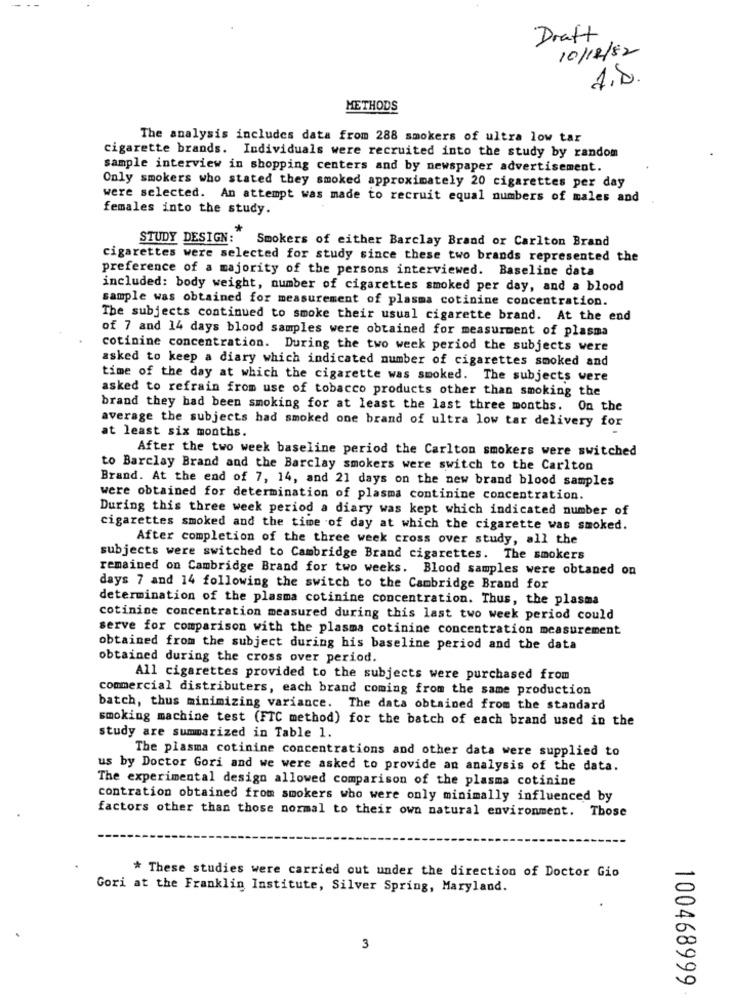
Draft
10/12/82
1.8
METHODS
The analysis includes data from 288 smokers of ultra low tar
cigarette brands. Individuals were recruited into the study by random
sample interview in shopping centers and by newspaper advertisement.
Only smokers who stated they smoked approximately 20 cigarettes per day
were selected. An attempt was made to recruit equal numbers of males and
females into the study.
STUDY DESIGN:"
Smokers of either Barclay Brand or Carlton Brand
cigarettes were selected for study since these two brands represented the
preference of a majority of the persons interviewed. Baseline data
included: body weight, number of cigarettes smoked per day, and a blood
sample was obtained for measurement of plasma cotinine concentration.
The subjects continued to smoke their usual cigarette brand. At the end
of 7 and 14 days blood samples were obtained for measurment of plasma
cotinine concentration. During the two week period the subjects were
asked to keep a diary which indicated number of cigarettes smoked and
time of the day at which the cigarette was smoked. The subjects were
asked to refrain from use of tobacco products other than smoking the
brand they had been smoking for at least the last three months. On the
average the subjects had smoked one brand of ultra low tar delivery for
at least six months.
After the two week baseline period the Carlton smokers were switched
to Barclay Brand and the Barclay smokers were switch to the Carlton
Brand. At the end of 7, 14, and 21 days on the new brand blood samples
were obtained for determination of plasma continine concentration.
During this three week period a diary was kept which indicated number of
cigarettes smoked and the time of day at which the cigarette was smoked.
After completion of the three week cross over study, all the
subjects were switched to Cambridge Brand cigarettes. The smokers
remained on Cambridge Brand for two weeks. Blood samples were obtaned on
days 7 and 14 following the switch to the Cambridge Brand for
determination of the plasma cotinine concentration. Thus, the plasma
cotinine concentration measured during this last two week period could
serve for comparison with the plasma cotinine concentration measurement
obtained from the subject during his baseline period and the data
obtained during the cross over period.
All cigarettes provided to the subjects were purchased from
commercial distributers, each brand coming from the same production
batch, thus minimizing variance. The data obtained from the standard
smoking machine test (FTC method) for the batch of each brand used in the
study are summarized in Table 1.
The plasma cotinine concentrations and other data were supplied to
us by Doctor Gori and we were asked to provide an analysis of the data.
The experimental design allowed comparison of the plasma cotinine
contration obtained from smokers who were only minimally influenced by
factors other than those normal to their own natural environment. Those
* These studies were carried out under the direction of Doctor Gio
Gori at the Franklin Institute, Silver Spring, Maryland.
3
100468999